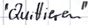
Text: "Quittieren"